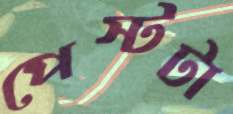
পেস্টটা